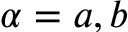
\alpha = a , b